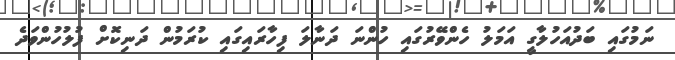
ނަމުގައި ބަދުއަހުލާގީ އަމަލު ހެންވޭރުގައި ހުންނަ ދަނާލަ ފިހާރައިގައި ކުރަމުން ދަނިކޮށް ފުލުހުންވަދެ